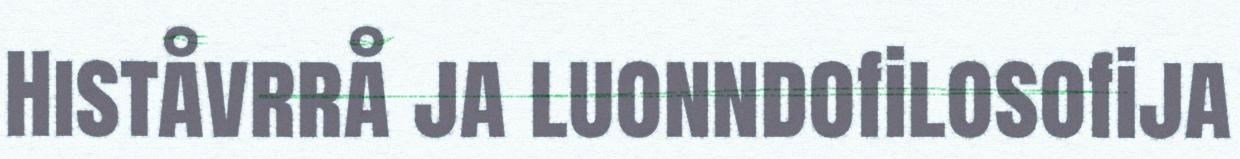
Histåvrrå ja luonndofilosofija